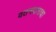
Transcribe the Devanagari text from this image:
वतनदाराचा